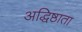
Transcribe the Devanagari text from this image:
अद्धिष्ठाता